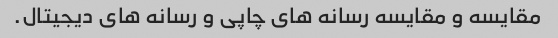
مقایسه و مقایسه رسانه های چاپی و رسانه های دیجیتال.